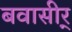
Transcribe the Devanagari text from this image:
बवासीर्